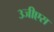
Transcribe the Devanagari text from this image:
३जीएस